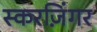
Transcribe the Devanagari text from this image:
स्करज़िंगर